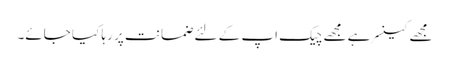
مجھے کینسر ہے مجھے چیک اپ کے لئے ضمانت پر رہا کیا جائے۔